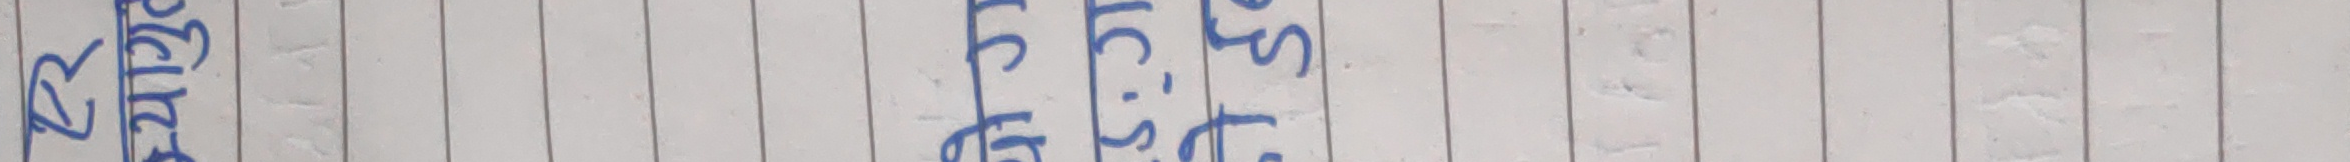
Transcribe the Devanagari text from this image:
२२ सेन्टिमिटर